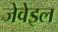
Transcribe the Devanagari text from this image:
जेवेइल